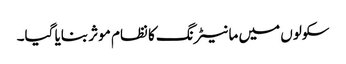
سکولوں میں مانیٹرنگ کا نظام موثر بنایا گیا۔